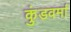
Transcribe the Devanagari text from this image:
कुंडवर्मा